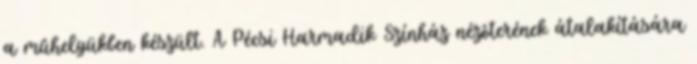
a mûhelyükben készült. A Pécsi Harmadik Színház nézôterének átalakítására